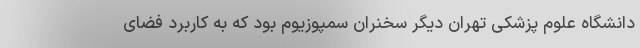
دانشگاه علوم پزشکی تهران دیگر سخنران سمپوزیوم بود که به کاربرد فضای